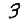
Digit: 3